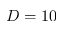
D = 1 0